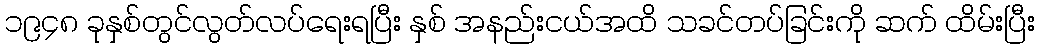
၁၉၄၈ ခုနှစ်တွင်လွတ်လပ်ရေးရပြီး နှစ် အနည်းငယ်အထိ သခင်တပ်ခြင်းကို ဆက် ထိမ်းပြီး